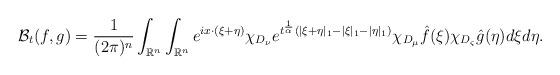
LaTeX: \begin{align*} \mathcal{B}_{t}(f,g)=\frac{1}{(2\pi)^{n}}\int_{\mathbb{R}^{n}}\int_{\mathbb{R}^{n}} e^{ix\cdot(\xi+\eta)}\chi_{D_{\nu}}e^{t^{\frac{1}{\alpha}}(|\xi+\eta|_{1}-|\xi|_{1}-|\eta|_{1})}\chi_{D_{\mu}}\hat{f}(\xi)\chi_{D_{\varsigma}}\hat{g}(\eta)d\xi d\eta.\end{align*}